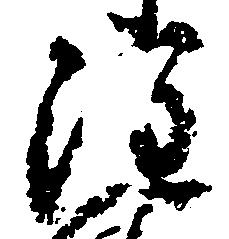
注